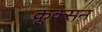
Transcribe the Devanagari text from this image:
कूक्सन